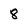
Character: 8